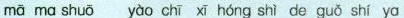
mā mā shuō yào chī xī hóng shì de guǒ shí yā